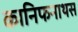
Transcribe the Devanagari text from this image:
कानिफनाथस